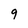
Character: 9